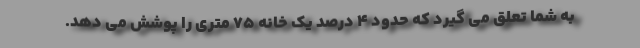
به شما تعلق می گیرد که حدود ۴ درصد یک خانه ۷۵ متری را پوشش می دهد.